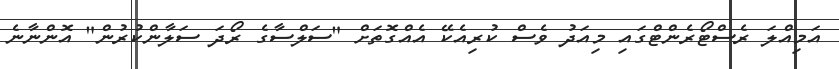
އަމިއްލަ ރެސްޓޯރެންޓްގައި މިއަދު ވެސް ކުރިއެކޭ އެއްގޮތަށް "ސަލްސާގެ ރޯދަ ސަލާންކުރުން" އޮންނާނެ